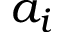
a _ { i }